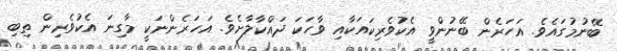
ބޭނުމުގައެވެ. އަހަރެން ބޭނުންވީ އެކުވެރިކައަކާއި ވާހަކަ ދައްކާލާށެވެ. އަހަރެންނަކީ މާގިނަ އެކުވެރިން ތިބި